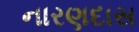
નારણદાસ